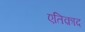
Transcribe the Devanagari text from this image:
एतिक़ाद